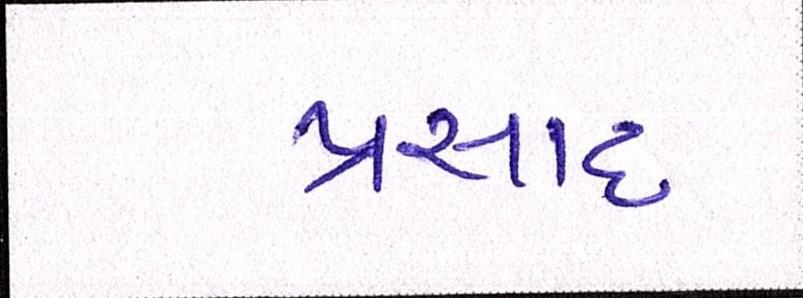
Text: પ્રસાદ